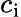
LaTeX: c_{\mathrm{i}}